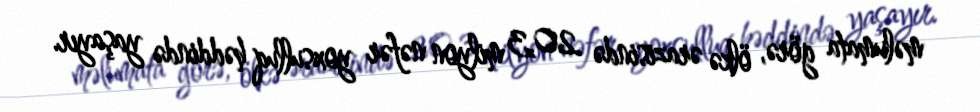
məlumata görə, ölkə ərazisində 20,3 milyon nəfər yoxsulluq həddində yaşayır.